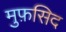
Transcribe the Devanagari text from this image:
मुफ़सिद